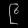
Digit: ၉